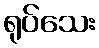
ရုပ်သေး